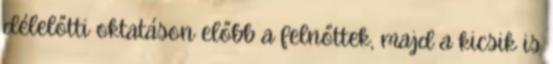
délelőtti oktatáson előbb a felnőttek, majd a kicsik is